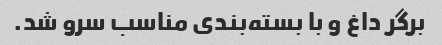
برگر داغ و با بسته‌بندی مناسب سرو شد.